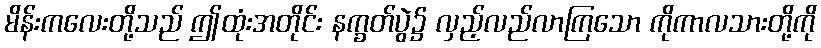
မိန်းကလေးတို့သည် ဤထုံးအတိုင်း နက္ခတ်ပွဲ၌ လှည့်လည်လာကြသော ကိုကာလသားတို့ကို